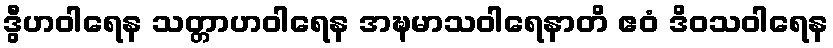
ဒွီဟဝါရေန သတ္တာဟဝါရေန အဍ္ဎမာသဝါရေနာတိ ဧဝံ ဒိဝသဝါရေန